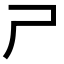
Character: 𡰣